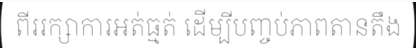
ពីររក្សាការអត់ធ្មត់ ដើម្បីបញ្ចប់ភាពតានតឹង